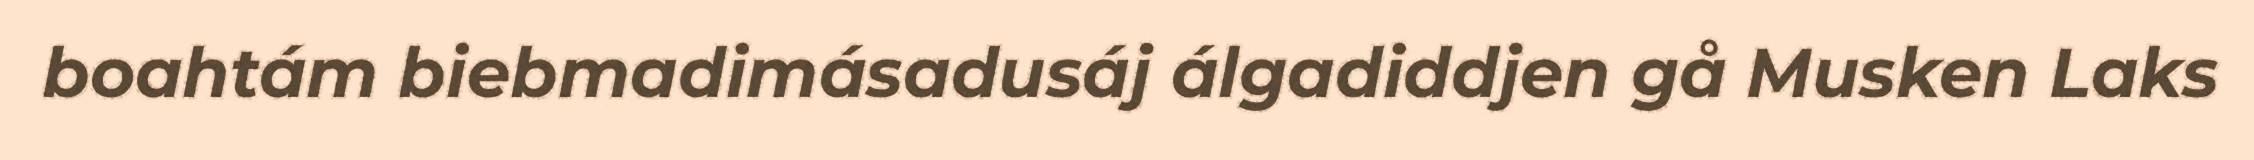
boahtám biebmadimásadusáj álgadiddjen gå Musken Laks